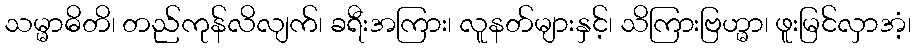
သမ္မာဓိတိ၊ တည်ကုန်လိလျက်၊ ခရီးအကြား၊ လူနတ်များနှင့်၊ သိကြားဗြဟ္မာ၊ ဖူးမြင်လှာအံ့၊